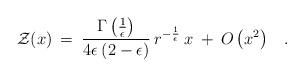
LaTeX: \begin{align*}{\cal Z}(x) \>=\> { \Gamma \left({1 \over \epsilon}\right)\over 4 \epsilon \> (2 - \epsilon)} \> r^{-{1 \over \epsilon}} \> x \> + \> O\left( x^2 \right)\;\;\;.\end{align*}